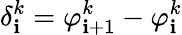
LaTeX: \delta_{\mathbf{i}}^{k}=\varphi_{\mathbf{i}+1}^{k}-\varphi_{\mathbf{i}}^{k}